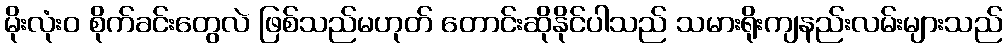
မိုးလုံး၀ စိုက်ခင်းတွေလဲ ဖြစ်သည်မဟုတ် တောင်းဆိုနိုင်ပါသည် သမားရိုးကျနည်းလမ်းများသည်